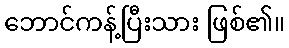
ဘောင်ကန့်ပြီးသား ဖြစ်၏။